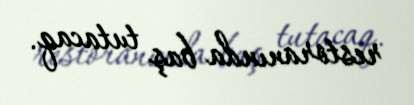
restoranında baş tutacaq.